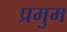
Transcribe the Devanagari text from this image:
प्रमुम